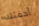
أخفتك